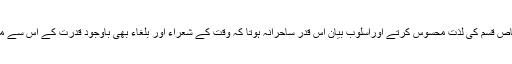
تو سامعین اس میں ایک خاص قسم کی لذت محسوس کرتے اوراسلوبِ بیان اس قدر ساحرانہ ہوتا کہ وقت کے شعراء اور بلغاء بھی باوجود قدرت کے اس سے متاثر ہوئے بغیر نہ رہتے ۔